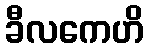
ခီလကေဟိ